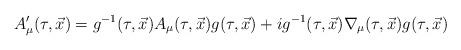
LaTeX: \begin{align*}A_\mu'(\tau,\vec x)=g^{-1}(\tau,\vec x)A_\mu(\tau,\vec x)g(\tau,\vec x)+ig^{-1}(\tau,\vec x)\nabla_\mu(\tau,\vec x)g(\tau,\vec x)\end{align*}